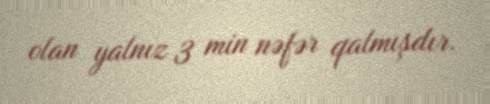
olan yalnız 3 min nəfər qalmışdır.